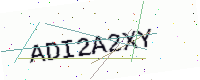
Text: ADI2A2XY